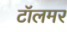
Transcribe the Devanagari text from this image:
टॉलमर